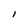
Character: l